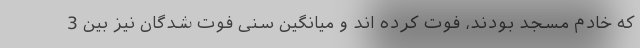
که خادم مسجد بودند، فوت کرده اند و میانگین سنی فوت شدگان نیز بین 3